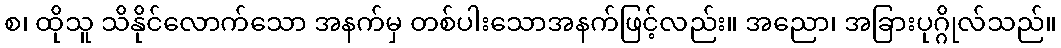
စ၊ ထိုသူ သိနိုင်လောက်သော အနက်မှ တစ်ပါးသောအနက်ဖြင့်လည်း။ အညော၊ အခြားပုဂ္ဂိုလ်သည်။